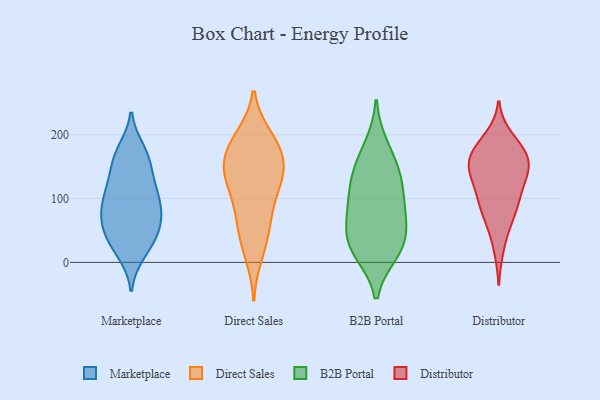
{"axis": {"x": "Churn Rate (%)", "y": "Value"}, "legend": ["B2B Portal", "Direct Sales", "Distributor", "Marketplace"], "data": [{"x": "", "y": 71, "type": "Marketplace"}, {"x": "", "y": 164, "type": "Marketplace"}, {"x": "", "y": 67, "type": "Marketplace"}, {"x": "", "y": 58, "type": "Marketplace"}, {"x": "", "y": 168, "type": "Marketplace"}, {"x": "", "y": 121, "type": "Marketplace"}, {"x": "", "y": 104, "type": "Marketplace"}, {"x": "", "y": 15, "type": "Marketplace"}, {"x": "", "y": 32, "type": "Marketplace"}, {"x": "", "y": 57, "type": "Marketplace"}, {"x": "", "y": 95, "type": "Marketplace"}, {"x": "", "y": 92, "type": "Marketplace"}, {"x": "", "y": 158, "type": "Marketplace"}, {"x": "", "y": 129, "type": "Marketplace"}, {"x": "", "y": 23, "type": "Marketplace"}, {"x": "", "y": 114, "type": "Marketplace"}, {"x": "", "y": 175, "type": "Marketplace"}, {"x": "", "y": 37, "type": "Marketplace"}, {"x": "", "y": 74, "type": "Marketplace"}, {"x": "", "y": 68, "type": "Direct Sales"}, {"x": "", "y": 126, "type": "Direct Sales"}, {"x": "", "y": 143, "type": "Direct Sales"}, {"x": "", "y": 86, "type": "Direct Sales"}, {"x": "", "y": 197, "type": "Direct Sales"}, {"x": "", "y": 177, "type": "Direct Sales"}, {"x": "", "y": 105, "type": "Direct Sales"}, {"x": "", "y": 11, "type": "Direct Sales"}, {"x": "", "y": 148, "type": "Direct Sales"}, {"x": "", "y": 55, "type": "Direct Sales"}, {"x": "", "y": 33, "type": "Direct Sales"}, {"x": "", "y": 142, "type": "Direct Sales"}, {"x": "", "y": 188, "type": "Direct Sales"}, {"x": "", "y": 136, "type": "Direct Sales"}, {"x": "", "y": 160, "type": "Direct Sales"}, {"x": "", "y": 193, "type": "Direct Sales"}, {"x": "", "y": 99, "type": "B2B Portal"}, {"x": "", "y": 137, "type": "B2B Portal"}, {"x": "", "y": 63, "type": "B2B Portal"}, {"x": "", "y": 182, "type": "B2B Portal"}, {"x": "", "y": 19, "type": "B2B Portal"}, {"x": "", "y": 26, "type": "B2B Portal"}, {"x": "", "y": 96, "type": "B2B Portal"}, {"x": "", "y": 128, "type": "B2B Portal"}, {"x": "", "y": 68, "type": "B2B Portal"}, {"x": "", "y": 153, "type": "B2B Portal"}, {"x": "", "y": 39, "type": "B2B Portal"}, {"x": "", "y": 16, "type": "B2B Portal"}, {"x": "", "y": 137, "type": "Distributor"}, {"x": "", "y": 61, "type": "Distributor"}, {"x": "", "y": 156, "type": "Distributor"}, {"x": "", "y": 113, "type": "Distributor"}, {"x": "", "y": 21, "type": "Distributor"}, {"x": "", "y": 65, "type": "Distributor"}, {"x": "", "y": 185, "type": "Distributor"}, {"x": "", "y": 180, "type": "Distributor"}, {"x": "", "y": 149, "type": "Distributor"}, {"x": "", "y": 90, "type": "Distributor"}, {"x": "", "y": 196, "type": "Distributor"}, {"x": "", "y": 144, "type": "Distributor"}, {"x": "", "y": 117, "type": "Distributor"}, {"x": "", "y": 165, "type": "Distributor"}, {"x": "", "y": 154, "type": "Distributor"}, {"x": "", "y": 91, "type": "Distributor"}, {"x": "", "y": 175, "type": "Distributor"}, {"x": "", "y": 147, "type": "Distributor"}, {"x": "", "y": 96, "type": "Distributor"}]}